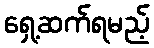
ရှေ့ဆက်ရမည့်